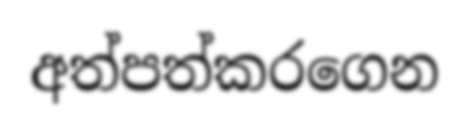
අත්පත්කරගෙන